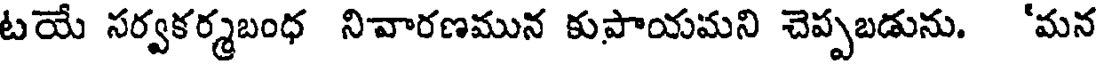
టయే సర్వకర్మబంధ నివారణమున కుపాయమని చెప్పబడును. 'మన